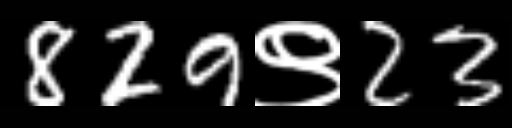
Text: 829९23